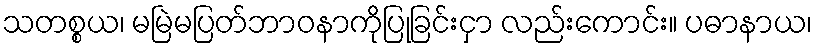
သတစ္စယ၊ မမြဲမပြတ်ဘာဝနာကိုပြုခြင်းငှာ လည်းကောင်း။ ပဓာနာယ၊